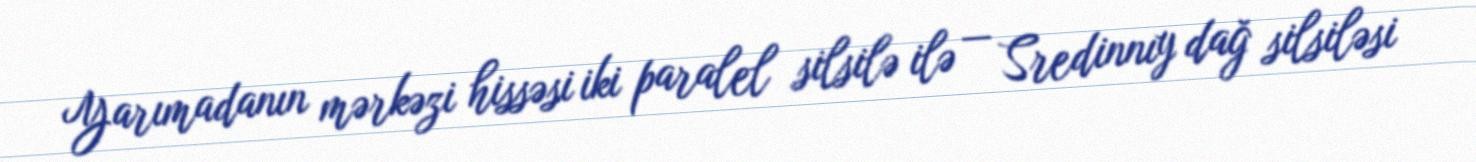
Yarımadanın mərkəzi hissəsi iki paralel silsilə ilə — Sredinnıy dağ silsiləsi